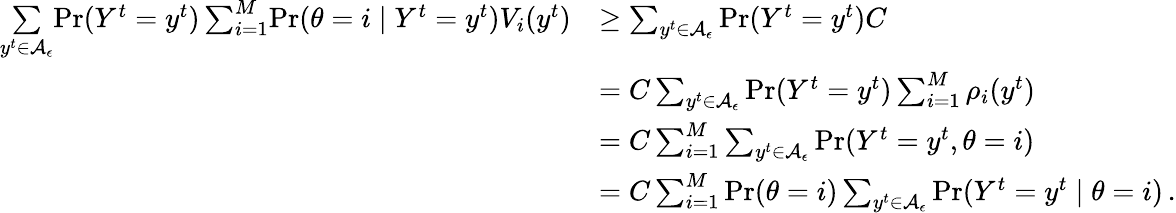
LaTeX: \begin{array}{rl}{\underset{y^{t}\in\mathcal{A}_{\epsilon}}{\sum}\! \operatorname*{Pr}(Y^{t}=y^{t})\sum_{i=1}^{M}\! \operatorname*{Pr}(\theta=i\mid Y^{t}=y^{t})V_{i}(y^{t})}&{\ge\sum_{y^{t}\in\mathcal{A}_{\epsilon}}\operatorname*{Pr}(Y^{t}=y^{t})C}\\ &{=C\sum_{y^{t}\in\mathcal{A}_{\epsilon}}\operatorname*{Pr}(Y^{t}=y^{t})\sum_{i=1}^{M}{\rho_{i}(y^{t})}}\\ &{=C\sum_{i=1}^{M}\sum_{y^{t}\in\mathcal{A}_{\epsilon}}\operatorname*{Pr}(Y^{t}=y^{t},\theta=i)}\\ &{=C\sum_{i=1}^{M}\operatorname*{Pr}(\theta=i)\sum_{y^{t}\in\mathcal{A}_{\epsilon}}\operatorname*{Pr}(Y^{t}=y^{t}\mid\theta=i)\, .}\end{array}